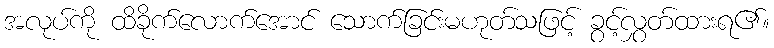
အလုပ်ကို ထိခိုက်လောက်အောင် သောက်ခြင်းမဟုတ်သဖြင့် ခွင့်လွှတ်ထားရ၏။